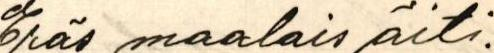
Eräs maalais äiti.